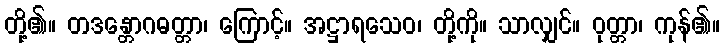
တို့၏။ တဒန္တောဂဓတ္တာ၊ ကြောင့်။ အဋ္ဌာရသေဝ၊ တို့ကို။ သာလျှင်။ ဝုတ္တာ၊ ကုန်၏။